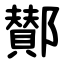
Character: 鄼